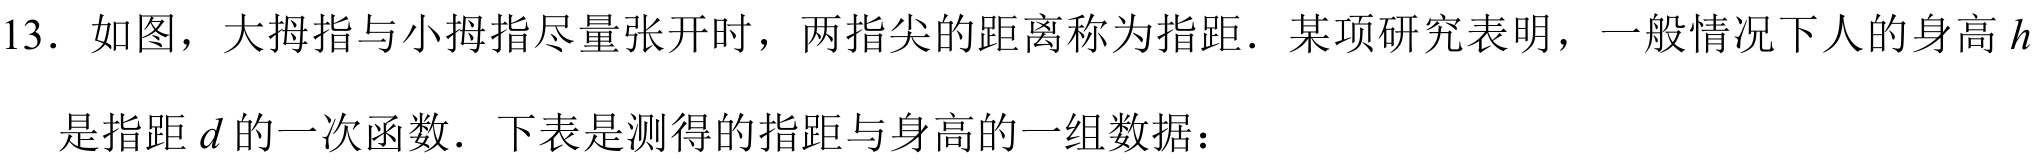
13. 如图，大拇指与小拇指尽量张开时，两指尖的距离称为指距．某项研究表明，一般情况下人的身高 \(h\)
是指距 \(d\) 的一次函数．下表是测得的指距与身高的一组数据：